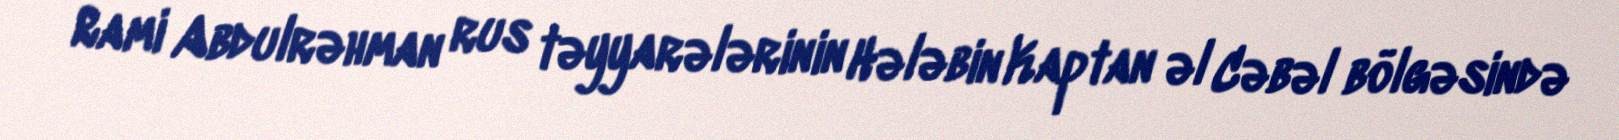
Rami Abdulrəhman rus təyyarələrinin Hələbin Kaptan əl Cəbəl bölgəsində